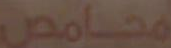
محامص